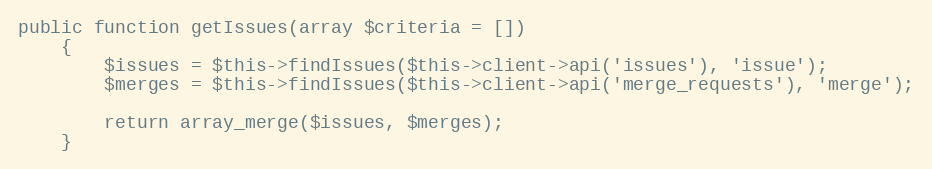
Language: PHP
public function getIssues(array $criteria = [])
    {
        $issues = $this->findIssues($this->client->api('issues'), 'issue');
        $merges = $this->findIssues($this->client->api('merge_requests'), 'merge');

        return array_merge($issues, $merges);
    }